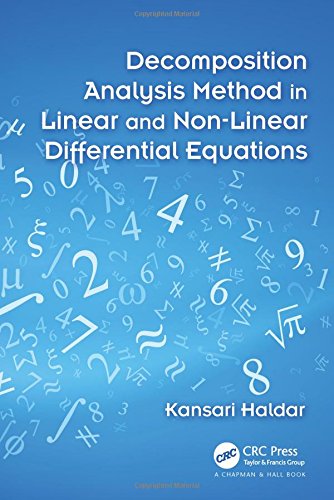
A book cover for Decomposition Analysis Method in Linear and Nonlinear Differential Equations; Kansari Haldar; Science & Math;